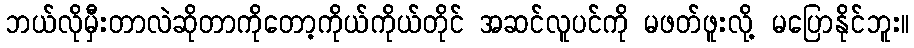
ဘယ်လိုမှီးတာလဲဆိုတာကိုတော့ကိုယ်ကိုယ်တိုင် အဆင်လူပင်ကို မဖတ်ဖူးလို့ မပြောနိုင်ဘူး။